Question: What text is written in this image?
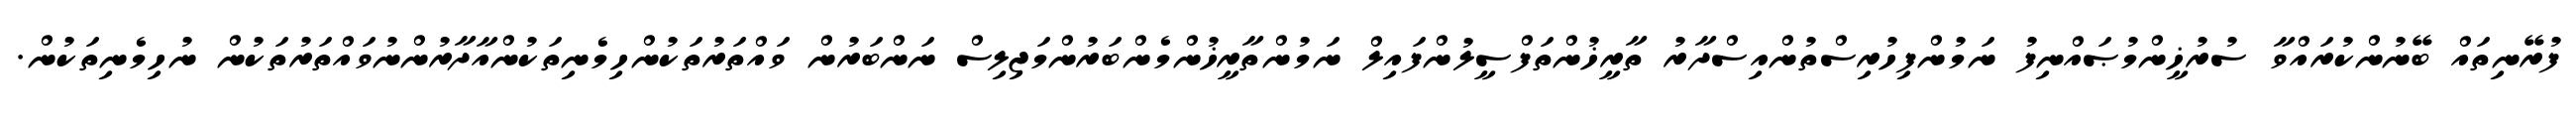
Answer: ފުރޭނިތައް ބޭނުންކުރައްވާ ސުރުޚީންމުޞައްނިފު ނަމުންފިހުރިސްތުންއިސްދާރު ތާރީޚުންތަފްސީލުންފައިލް ނަމުންތާރީޚުންމެންބަރުންމަޖިލިސް ނަންބަރުން ވައްތަރުތަކުންހިމެނިތަކުންއާދާރުންނުވައްތަރުތަކުން ނުހިމެނިތަކުން.